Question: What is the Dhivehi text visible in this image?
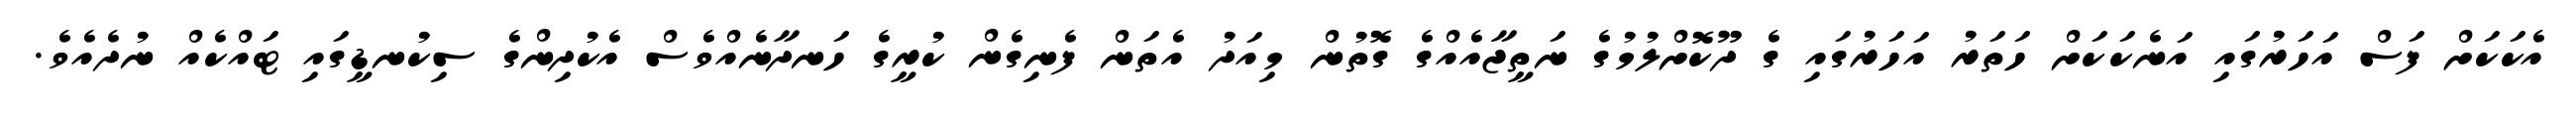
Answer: އެކަކަށް ފަސް އަހަރުގައި އަނެކަކަށް ހަތަރު އަހަރުގައި ގެ ދޫކޮށްލުމުގެ ނަތީޖާއެއްގެ ގޮތުން މިއަދު އެތަން ފެނިގެން ކުރީގެ ހަނދާނެއްވެސް އެކުދިންގެ ސިކުނޑީގައި ޓައްކެއް ނުދެއެވެ.